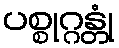
ပစ္စုဂ္ဂန္တုံ